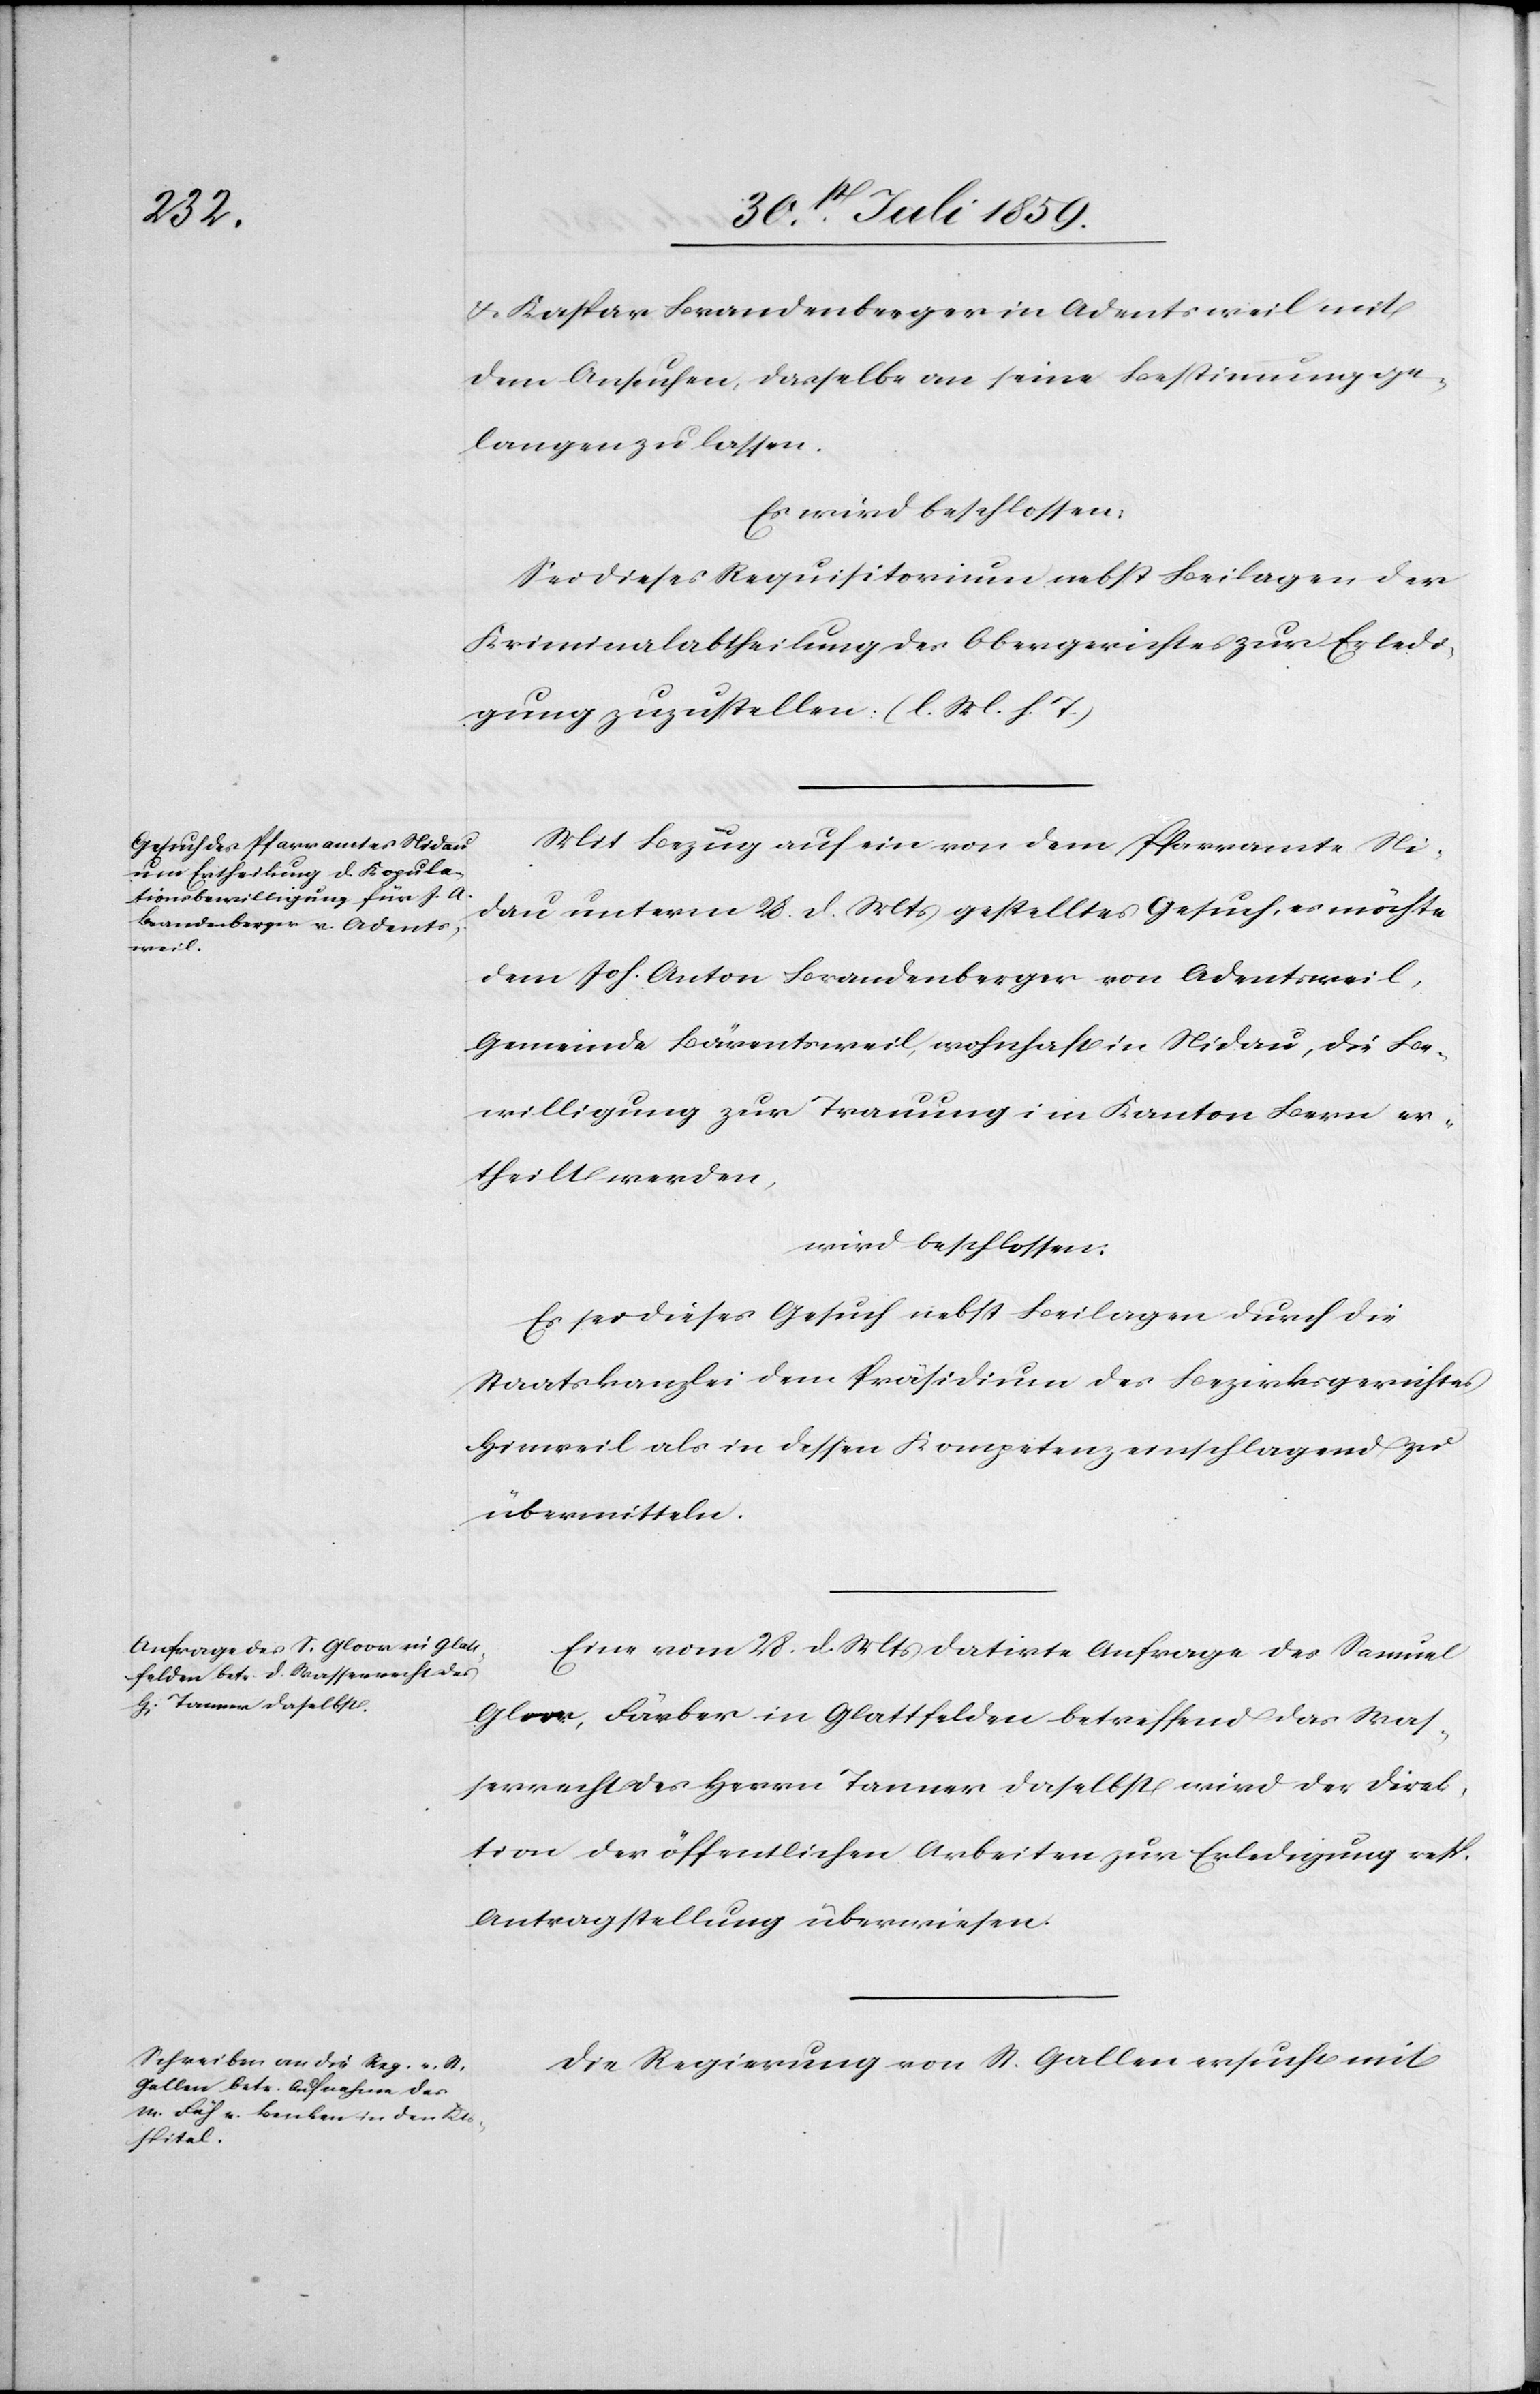
u. Kaspar Brandenberger in Adentsweil mit
dem Ansuchen, dasselbe an seine Bestimmung ge¬
langen zu lassen.
Es wird beschlossen:
Sei dieses Requisitorium nebst Beilagen der
Kriminalabtheilung des Obergerichtes zur Erledi¬
gung zuzustellen (l. M. h. T.)
Mit Bezug auf ein von dem Pfarramte Ni¬
dau unterm 28. d. Mts. gestelltes Gesuch, es möchte
dem Joh. Anton Brandenberger von Adentsweil,
Gemeinde Bärentsweil, wohnhaft in Nidau, die Be¬
willigung zur Trauung im Kanton Bern er¬
theilt werden,
wird beschlossen:
Es sei dieses Gesuch nebst Beilagen durch die
Staatskanzlei dem Präsidium des Bezirksgerichtes
Hinweil als in dessen Kompetenz einschlagend zu
übermitteln.
Eine vom 28. d. Mts. datirte Anfrage des Samuel
Gloor, Färber in Glattfelden betreffend das Was¬
serrecht des Herrn Tanner daselbst wird der Direk¬
tion der öffentlichen Arbeiten zur Erledigung resp.
Antragstellung überwiesen.
Die Regierung von St. Gallen ersucht mit